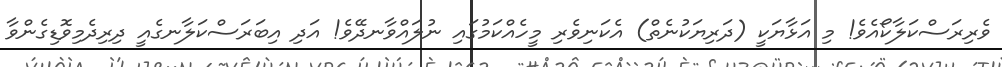
ވެރިރަސްކަލާކޯއެވެ! މި އަޅާޔަކީ (ދަރިޔަކުނެތް) އެކަނިވެރި މީހެއްކަމުގައި ނުލައްވާނދޭވެ! އަދި އިބަރަސްކަލާނގެއީ ދިރިދެމިވޮޑިގެންވާ